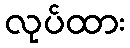
လုပ်ထား